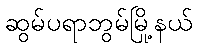
ဆွမ်ပရာဘွမ်မြို့နယ်